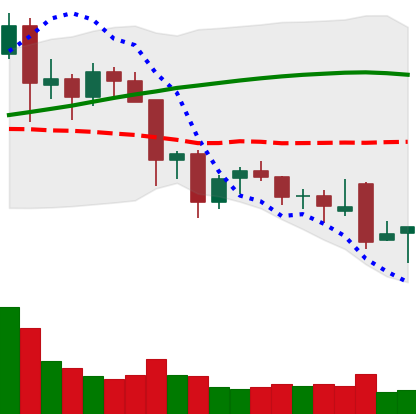
Ticker: NEO-USD
Chart end date: 2021-11-28
Forward return: -7.931%
Label: down_7plus